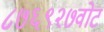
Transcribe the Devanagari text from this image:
८७६९२७वोट